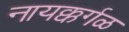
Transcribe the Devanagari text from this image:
नायक्कर्गळ